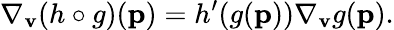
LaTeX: \nabla_{\mathbf{v}}(h\circ g)(\mathbf{p})=h^{\prime}(g(\mathbf{p}))\nabla_{\mathbf{v}}g(\mathbf{p}).